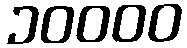
၁၀၀၀၀